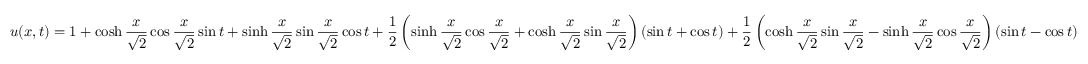
u ( x , t ) = 1 + \cosh \frac { x } { \sqrt 2 } \cos \frac { x } { \sqrt 2 } \sin t + \sinh \frac { x } { \sqrt 2 } \sin \frac { x } { \sqrt 2 } \cos t + \frac { 1 } { 2 } \left( \sinh \frac { x } { \sqrt 2 } \cos \frac { x } { \sqrt 2 } + \cosh \frac { x } { \sqrt 2 } \sin \frac { x } { \sqrt 2 } \right) ( \sin t + \cos t ) + \frac { 1 } { 2 } \left( \cosh \frac { x } { \sqrt 2 } \sin \frac { x } { \sqrt 2 } - \sinh \frac { x } { \sqrt 2 } \cos \frac { x } { \sqrt 2 } \right) ( \sin t - \cos t )